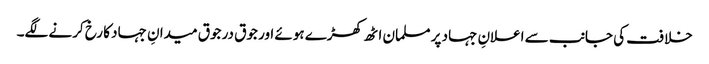
خلافت کی جانب سے اعلانِ جہاد پر مسلمان اٹھ کھڑے ہوئے اور جوق در جوق میدانِ جہاد کا رخ کرنے لگے۔